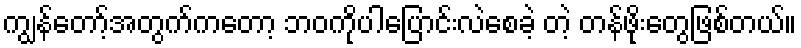
ကျွန်တော့်အတွက်ကတော့ ဘဝကိုပါပြောင်းလဲစေခဲ့ တဲ့ တန်ဖိုးတွေဖြစ်တယ်။